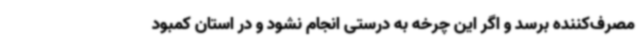
مصرف‌کننده برسد و اگر این چرخه به درستی انجام نشود و در استان کمبود